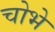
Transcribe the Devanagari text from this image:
चोभे